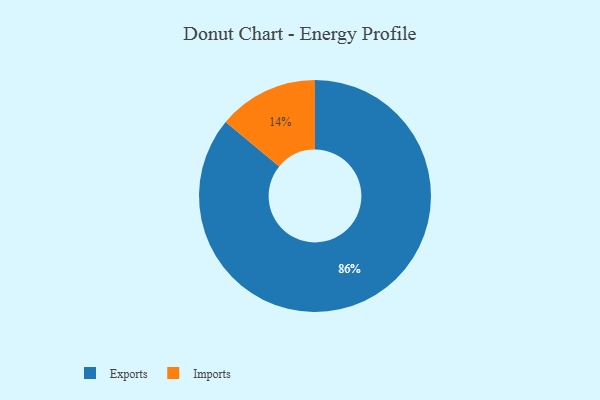
{"axis": {"x": "Category", "y": "Percentage"}, "legend": ["Exports", "Imports"], "data": [{"x": "Imports", "y": 14, "type": "Imports"}, {"x": "Exports", "y": 86, "type": "Exports"}]}